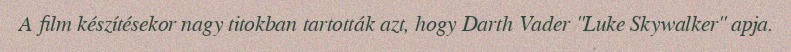
A film készítésekor nagy titokban tartották azt, hogy Darth Vader "Luke Skywalker" apja.